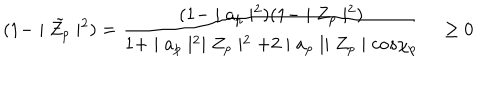
LaTeX: ( 1 - \mid { \tilde { Z _ { p } } } \mid ^ { 2 } ) = \frac { ( 1 - \mid a _ { p } \mid ^ { 2 } ) ( 1 - \mid Z _ { p } \mid ^ { 2 } ) } { 1 + \mid a _ { p } \mid ^ { 2 } \mid Z _ { p } \mid ^ { 2 } + 2 \mid a _ { p } \mid \mid Z _ { p } \mid c o s \chi _ { p } } \quad \geq 0